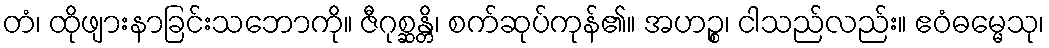
တံ၊ ထိုဖျားနာခြင်းသဘောကို။ ဇီဂုစ္ဆန္တိ၊ စက်ဆုပ်ကုန်၏။ အဟဉ္စ၊ ငါသည်လည်း။ ဧဝံဓမ္မေသု၊